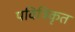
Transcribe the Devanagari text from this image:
पवित्रिकृत